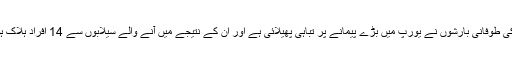
کئی دنوں کی طوفانی بارشوں نے یورپ میں بڑے پیمانے پر تباہی پھیلائی ہے اور ان کے نتیجے میں آنے والے سیلابوں سے 14 افراد ہلاک ہو گئے ہیں۔